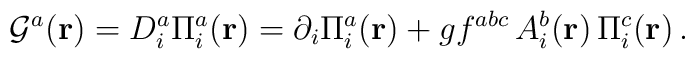
{\cal G}^{a}({\bf r})=D_i^{a}\Pi_{i}^{a}({\bf r})=\partial_{i}\Pi_{i}^{a}({\bf r})+gf^{abc}\,A_{i}^{b}({\bf r})\,\Pi_{i}^{c}({\bf r})\,.